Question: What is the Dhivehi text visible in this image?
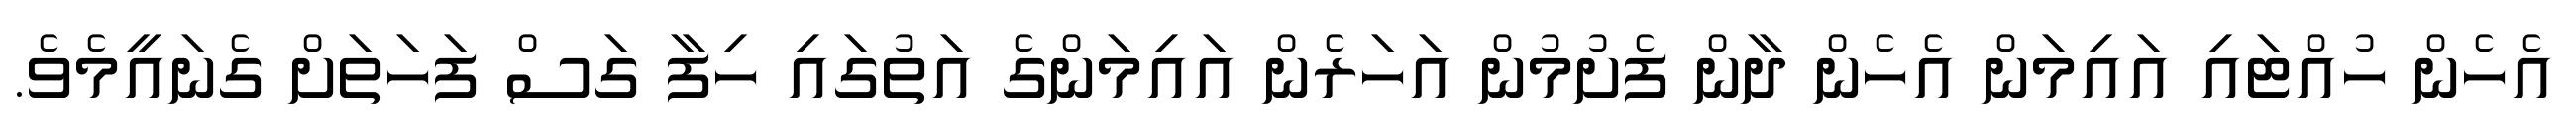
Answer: އެހެން ހުއްޓައި އައިމަން އެހެން ދާން ފެށުމުން އަހަރެން އައިމަންގެ އަތުގައި ހިފާ ގަސް ފަހަތަށް ގެނައީމެވެ.